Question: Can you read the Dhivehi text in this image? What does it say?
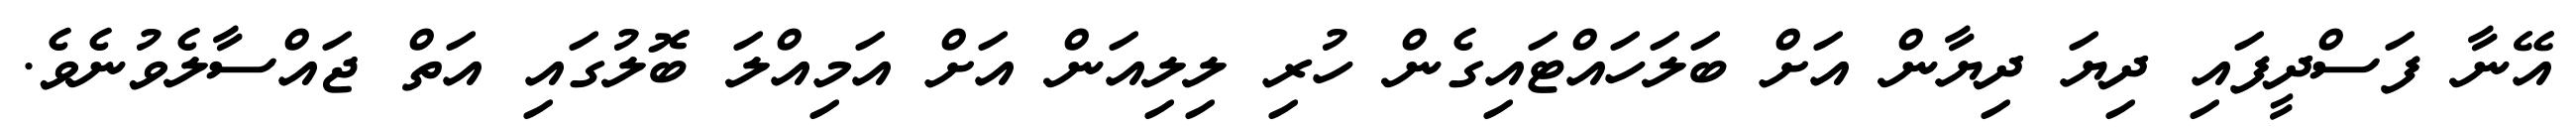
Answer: އޭނާ ފަސްދީފައި ދިޔަ ދިޔާން އަށް ބަލަހައްޓައިގެން ހުރި ލިލިއަން އަށް އަމިއްލަ ބޮލުގައި އަތް ޖައްސާލެވުނެވެ.